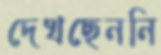
দেখছেননি